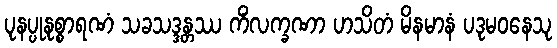
ပုနပ္ပုနုစ္စာရဏံ သခသဒ္ဒန္တဿ ကိံလက္ခဏာ ဟသိတံ မိနမာနံ ပဒုမဝနေသု